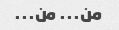
من... من...